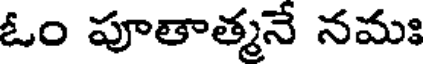
ఓం పూతాత్మనే నమః